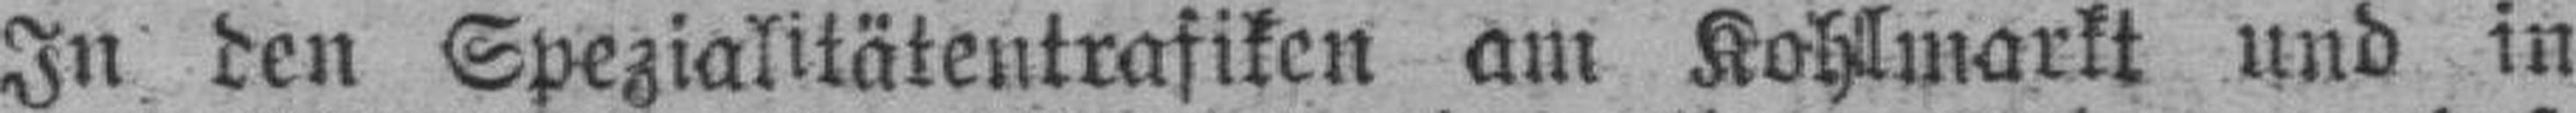
In den Spezialitätentrafiken am Kohlmarkt und in